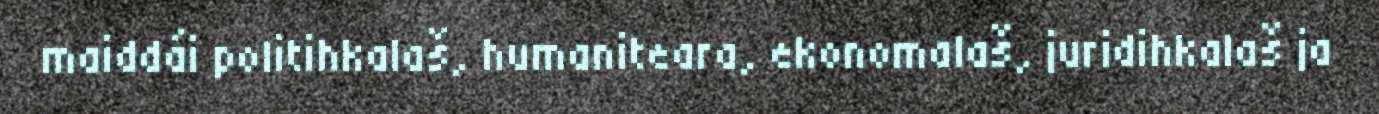
maiddái politihkalaš, humaniteara, ekonomalaš, juridihkalaš ja